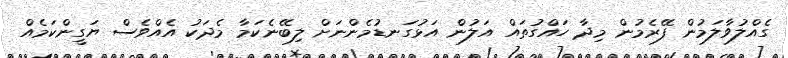
ގެއްލުވާލަމުން ފޭރެމުން މިދާ ހައްގުތައް އަލުން އަޅުގަނޑުމެންނަށް ލިބޭނެކަމާ މެދަކު އެއްވެސް ޔަގީންކަމެއް